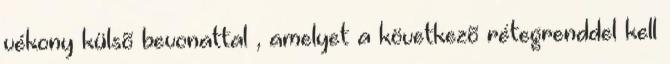
vékony külsõ bevonattal , amelyet a következõ rétegrenddel kell